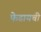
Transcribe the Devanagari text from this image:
फेडायची